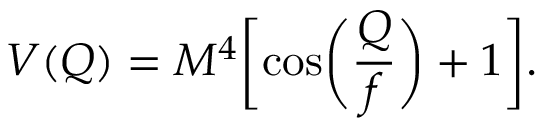
V ( Q ) = M ^ { 4 } \biggl [ \cos \biggl ( \frac { Q } { f } \biggr ) + 1 \biggr ] .